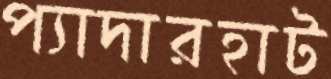
প্যাদারহাট